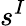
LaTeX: s^{I}